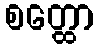
စတ္ထော